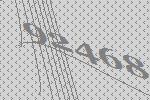
92468